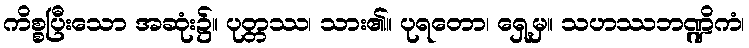
ကိစ္စပြီးသော အဆုံး၌။ ပုတ္တဿ၊ သား၏။ ပုရတော၊ ရှေ့မှ။ သဟဿဘဏ္ဍိကံ၊